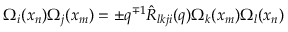
\Omega _ { i } ( x _ { n } ) \Omega _ { j } ( x _ { m } ) = \pm q ^ { \mp 1 } \hat { { \cal R } } _ { l k j i } ( q ) \Omega _ { k } ( x _ { m } ) \Omega _ { l } ( x _ { n } )